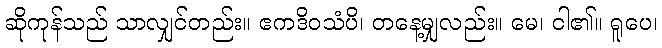
ဆိုကုန်သည် သာလျှင်တည်း။ ဧကဒိဝသံပိ၊ တနေ့မျှလည်း။ မေ၊ ငါ၏။ ရူပေ၊